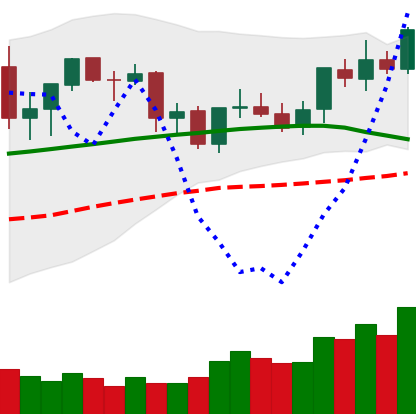
Ticker: ETC-USD
Chart end date: 2021-09-05
Forward return: -23.397%
Label: down_7plus